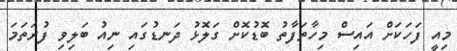
މިއީ ފަހަކަށް އައިސް މިހާތަފާތު ބޮޑުކޮށް ގަލޮޅު ދަނޑުގައި ނިއު ބަލިވި ފުރަތަމަ